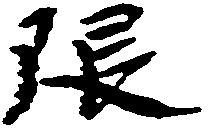
限